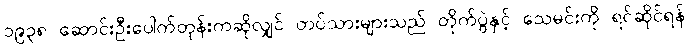
၁၉၃၈ ဆောင်းဦးပေါက်တုန်းကဆိုလျှင် တပ်သားများသည် တိုက်ပွဲနှင့် သေမင်းကို ရင်ဆိုင်ရန်